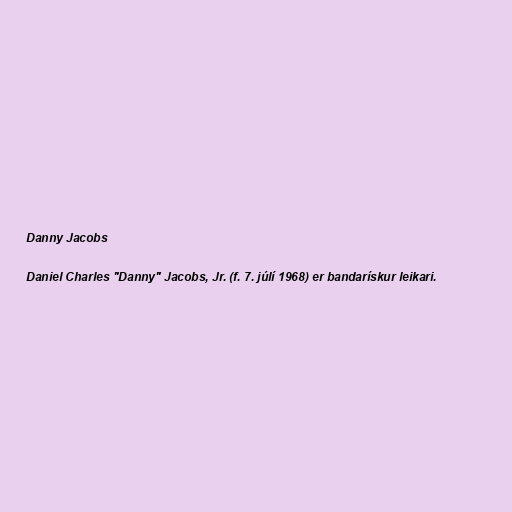
Danny Jacobs

Daniel Charles "Danny" Jacobs, Jr. (f. 7. júlí 1968) er bandarískur leikari.